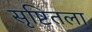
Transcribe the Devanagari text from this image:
सृष्टितला